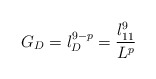
\begin{align*}G_D = l_D^{9 - p} = \frac{l_{11}^9}{L^p}\end{align*}